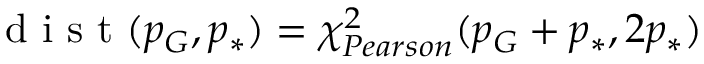
\mathrm { ~ d ~ i ~ s ~ t ~ } ( p _ { G } , p _ { * } ) = \chi _ { P e a r s o n } ^ { 2 } ( p _ { G } + p _ { * } , 2 p _ { * } )